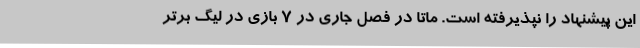
این پیشنهاد را نپذیرفته است. ماتا در فصل جاری در 7 بازی در لیگ برتر